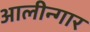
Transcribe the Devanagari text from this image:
आलीन्गार